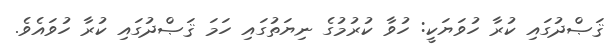
ޤަޞްދުގައި ކުރާ ހުވަޔަކީ: ހުވާ ކުރުމުގެ ނިޔަތުގައި ހަމަ ޤަޞްދުގައި ކުރާ ހުވައެވެ.